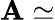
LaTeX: \mathbf{A}\simeq